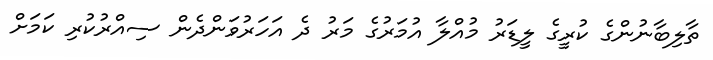
ތާލިބާނުންގެ ކުރީގެ ލީޑަރު މުއްލާ އުމަރުގެ މަރު ދެ އަހަރުވަންދެން ސިއްރުކުރި ކަމަށް